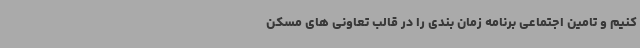
کنیم و تامین اجتماعی برنامه زمان بندی را در قالب تعاونی های مسکن